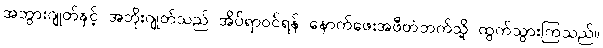
အဘွားဂျုတ်နှင့် အဘိုးဂျုတ်သည် အိပ်ရာဝင်ရန် နောက်ဖေးအဖီတဲဘက်သို့ ထွက်သွားကြသည်။